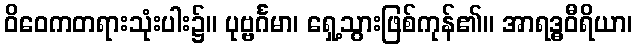
ဝိဝေကတရားသုံးပါး၌။ ပုဗ္ဗင်္ဂမာ၊ ရှေ့သွားဖြစ်ကုန်၏။ အာရဒ္ဓဝီရိယာ၊